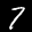
Label: 7